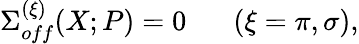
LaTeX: \Sigma_{off}^{(\xi)}(X;P)=0\; \; \; \; \; \; (\xi=\pi,\sigma),